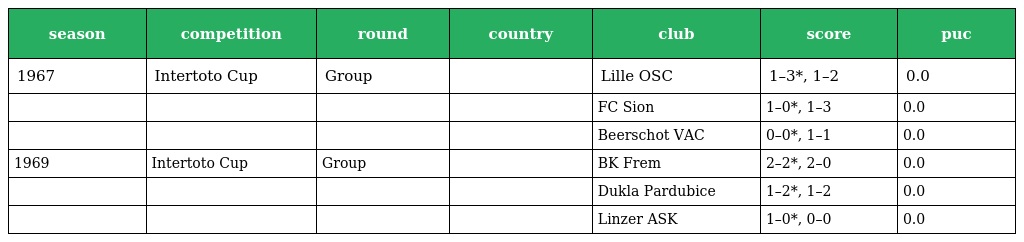
| season | competition | round | country | club | score | puc |
 | --- | --- | --- | --- | --- | --- | --- |
 | 1967 | Intertoto Cup | Group |  | Lille OSC | 1–3*, 1–2 | 0.0 |
 |  |  |  |  | FC Sion | 1–0*, 1–3 | 0.0 |
 |  |  |  |  | Beerschot VAC | 0–0*, 1–1 | 0.0 |
 | 1969 | Intertoto Cup | Group |  | BK Frem | 2–2*, 2–0 | 0.0 |
 |  |  |  |  | Dukla Pardubice | 1–2*, 1–2 | 0.0 |
 |  |  |  |  | Linzer ASK | 1–0*, 0–0 | 0.0 |